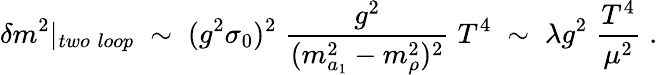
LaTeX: \delta m^{2}|_{two\; loop}\; \sim\; (g^{2}\sigma_{0})^{2}\; \frac{g^{2}}{(m_{a_{1}}^{2}-m_{\rho}^{2})^{2}}\; T^{4}\; \sim\; \lambda g^{2}\; \frac{T^{4}}{\mu^{2}}\; .